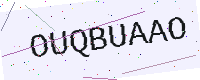
Text: OUQBUAAO